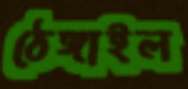
ঠেঙ্গাইল